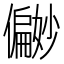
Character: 𪝹